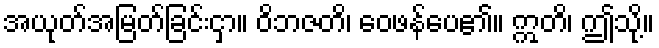
အယုတ်အမြတ်ခြင်းငှာ။ ဝိဘဇတိ၊ ဝေဖန်ပေ၏။ ဣတိ၊ ဤသို့။